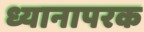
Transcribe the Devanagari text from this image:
ध्यानापरक